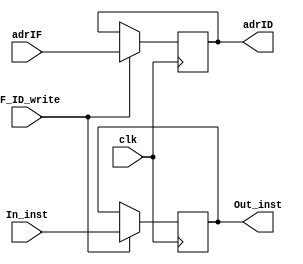
module IF_ID(clk,IF_ID_write,adrIF,In_inst,adrID,Out_inst);
	input clk , IF_ID_write;
	input [31:0] adrIF , In_inst;
	output reg [31:0] adrID , Out_inst;

	always @ (posedge clk) begin
		if(IF_ID_write) begin
			adrID<=adrIF;
			Out_inst<=In_inst;
		end
	end

endmodule

module ID_EX(clk,adrID,ctrlWB_ID,ctrlM_ID,ctrlEX_ID,ReadData1,ReadData2,Offset,Rt,Rd,Rs,FuncIn,adrEX,ctrlWB_EX,ctrlM_EX,ctrlEX_EX,ReadData1_out,ReadData2_out,Offset_out,RdEX,RtEX,RsEX,FuncOut);
	input clk;
	input [2:0] ctrlWB_ID,ctrlM_ID;
	input [31:0] ReadData1,ReadData2,Offset,adrID;
	input [5:0] FuncIn;
	input [4:0] Rt,Rd,Rs,ctrlEX_ID;
	output reg [31:0] adrEX,ReadData1_out,ReadData2_out,Offset_out;
	output reg [4:0] RdEX,RtEX,RsEX,ctrlEX_EX;
	output reg [2:0] ctrlWB_EX,ctrlM_EX;
	output reg [5:0] FuncOut;
	
	always @ (posedge clk) begin
		adrEX <= adrID;
		ctrlWB_EX <= ctrlWB_ID;
		ctrlM_EX <= ctrlM_ID;
		ctrlEX_EX <= ctrlEX_ID;
		ReadData1_out <= ReadData1;
		ReadData2_out <= ReadData2;
		Offset_out <= Offset;
		RtEX <= Rt;
		RdEX <= Rd;
		RsEX <= Rs;
		FuncOut <= FuncIn;
	end
endmodule

module EX_M(clk,adrEX,ctrlWB_EX,ctrlM_EX,ALUResult,ALUB,DstRegEX,adrM,ctrlWB_M,ctrlM_M,MemoryAdr,WriteDataMem,DstRegM);
	input  clk;
	input [2:0] ctrlWB_EX,ctrlM_EX;
	input [31:0] ALUResult,ALUB,adrEX;
	input [4:0] DstRegEX;
	output reg [4:0] DstRegM;
	output reg [31:0] MemoryAdr,WriteDataMem,adrM;
	output reg [2:0] ctrlWB_M,ctrlM_M;
	always @ (posedge clk) begin
		adrM <= adrEX;
		ctrlWB_M <= ctrlWB_EX;
		ctrlM_M <= ctrlM_EX;
		DstRegM <= DstRegEX;
		MemoryAdr <= ALUResult;
		WriteDataMem <= ALUB;
	end
endmodule

module M_WB(clk,adrM,ctrlWB_M,MemoryAdrOut,ReadDataM,DstRegM,adrWB,ctrlWB_WB,MemoryAdrWB,ReadDataWB,DstRegWB);
	input  clk;
	input [2:0] ctrlWB_M;
	input [31:0] MemoryAdrOut,ReadDataM,adrM;
	input [4:0] DstRegM;
	output reg [4:0] DstRegWB;
	output reg [31:0] MemoryAdrWB,ReadDataWB,adrWB;
	output reg [2:0] ctrlWB_WB;
	always @ (posedge clk) begin
		adrWB <= adrM;
		ctrlWB_WB <= ctrlWB_M;
		DstRegWB <= DstRegM;
		MemoryAdrWB <= MemoryAdrOut;
		ReadDataWB <= ReadDataM;
	end
endmodule